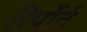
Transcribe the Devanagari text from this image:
रिर्पोर्ट